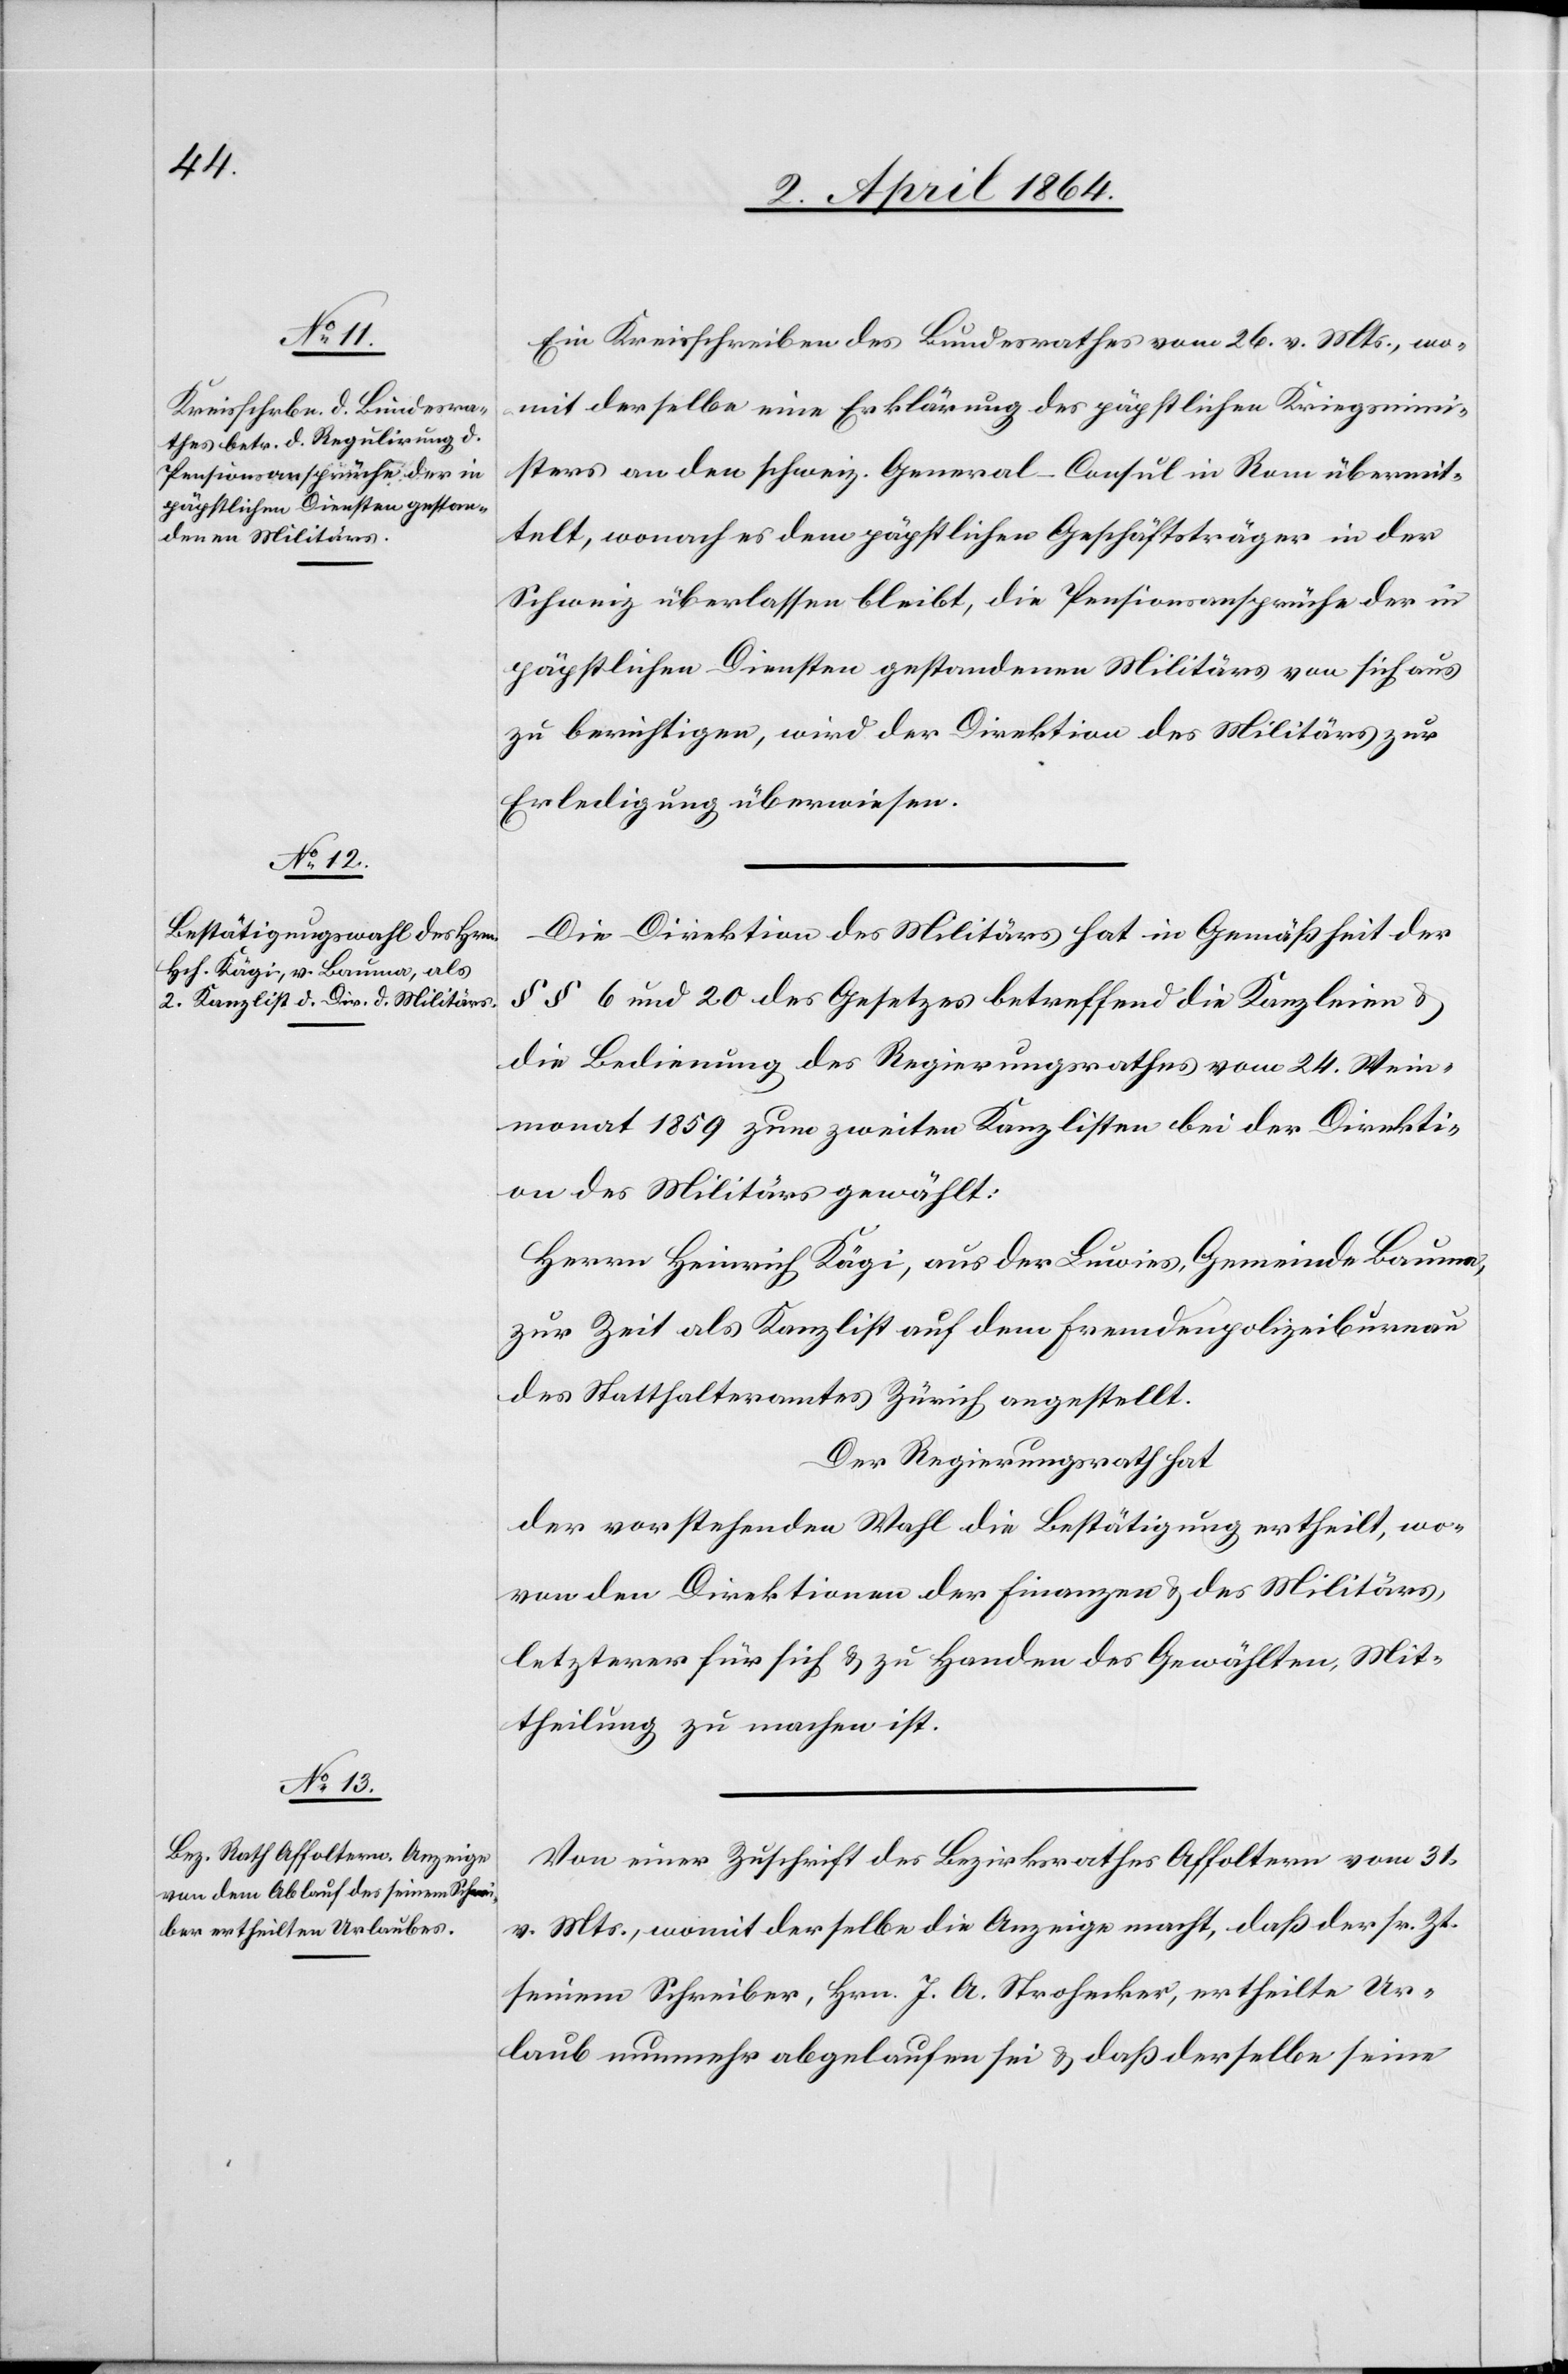
Ein Kreisschreiben des Bundesrathes vom 26. v. Mts., wo¬
mit derselbe eine Erklärung des päpstlichen Kriegsmini¬
sters an den schweiz. General-Consul in Rom übermit¬
telt, wonach es dem päpstlichen Geschäftsträger in der
Schweiz überlassen bleibt, die Pensionsansprüche der in
päpstlichen Diensten gestandenen Militärs von sich aus
zu berichtigen, wird der Direktion des Militärs zur
Erledigung überwiesen.
Die Direktion des Militärs hat in Gemäßheit der
§§ 6 und 20 des Gesetzes betreffend die Kanzleien u.
die Bedienung des Regierungsrathes vom 24. Wein¬
monat 1850 zum zweiten Kanzlisten bei der Direkti¬
on des Militärs gewählt:
Herrn Heinrich Kägi, aus der Luwies, Gemeinde Bauma,
zur Zeit als Kanzlist auf dem Fremdenpolizeibureau
des Statthalteramtes Zürich angestellt.
Der Regierungsrath hat
der vorstehenden Wahl die Bestätigung ertheilt, wo¬
von den Direktionen der Finanzen u. des Militärs,
letzterer für sich u. zu Handen des Gewählten, Mit¬
theilung zu machen ist.
Von einer Zuschrift des Bezirksrathes Affoltern vom 31.
v. Mts., womit derselbe die Anzeige macht, daß der sr. Zt.
seinem Schreiber, Hrn. J. A. Stroherker, ertheilte Ur¬
laub nunmehr abgelaufen sei u. daß derselbe seine